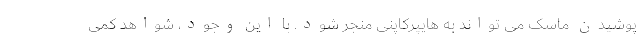
پوشیدن ماسک می تواند به هایپرکاپنی منجر شود. با این وجود، شواهد کمی